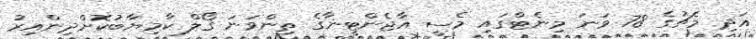
އަދި މެޗުގެ 78 ވަނަ މިނެޓްގައި މެސީ އާޖެންޓީނާގެ ތިންވަނަ ގޯލް ކާމިޔާބުކޮށްދިންއިރު